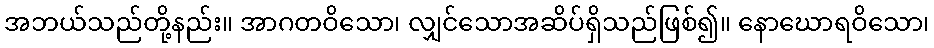
အဘယ်သည်တို့နည်း။ အာဂတဝိသော၊ လျှင်သောအဆိပ်ရှိသည်ဖြစ်၍။ နောဃောရဝိသော၊